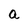
Character: a